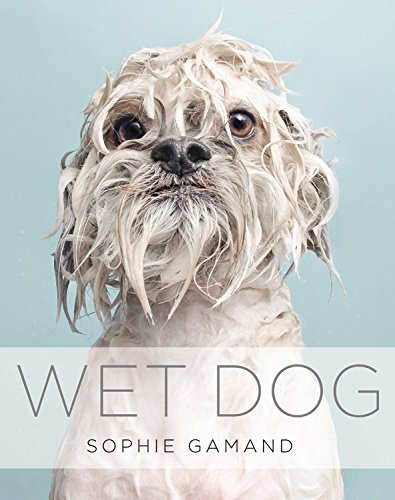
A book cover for Wet Dog; Sophie Gamand; Humor & Entertainment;